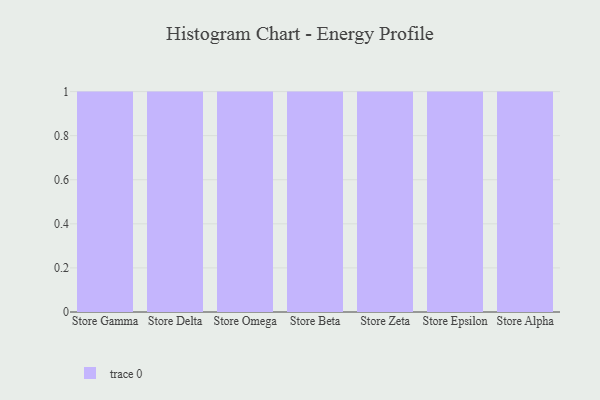
{"axis": {"x": "Store", "y": "Satisfaction Score"}, "legend": [""], "data": [{"x": "Store Gamma", "y": 99, "type": ""}, {"x": "Store Delta", "y": 41, "type": ""}, {"x": "Store Omega", "y": 66, "type": ""}, {"x": "Store Beta", "y": 96, "type": ""}, {"x": "Store Zeta", "y": 40, "type": ""}, {"x": "Store Epsilon", "y": 46, "type": ""}, {"x": "Store Alpha", "y": 38, "type": ""}]}